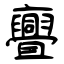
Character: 亹